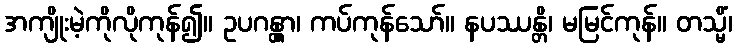
အကျိုးမဲ့ကိုလိုကုန်၍။ ဥပဂန္တွာ၊ ကပ်ကုန်သော်။ နပဿန္တိ၊ မမြင်ကုန်။ တသ္မိံ၊